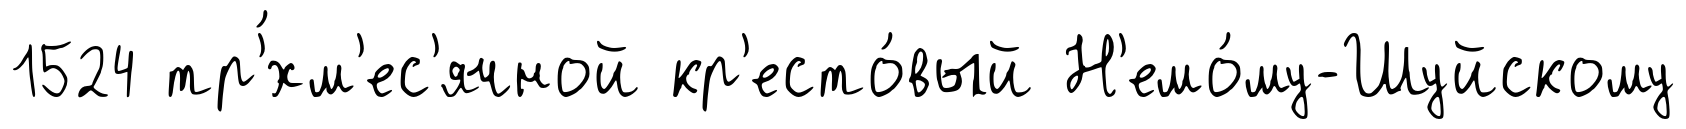
1524 тр'́хм'ес'ячной кр'есто́вый Н'емо́му-Шуйскому